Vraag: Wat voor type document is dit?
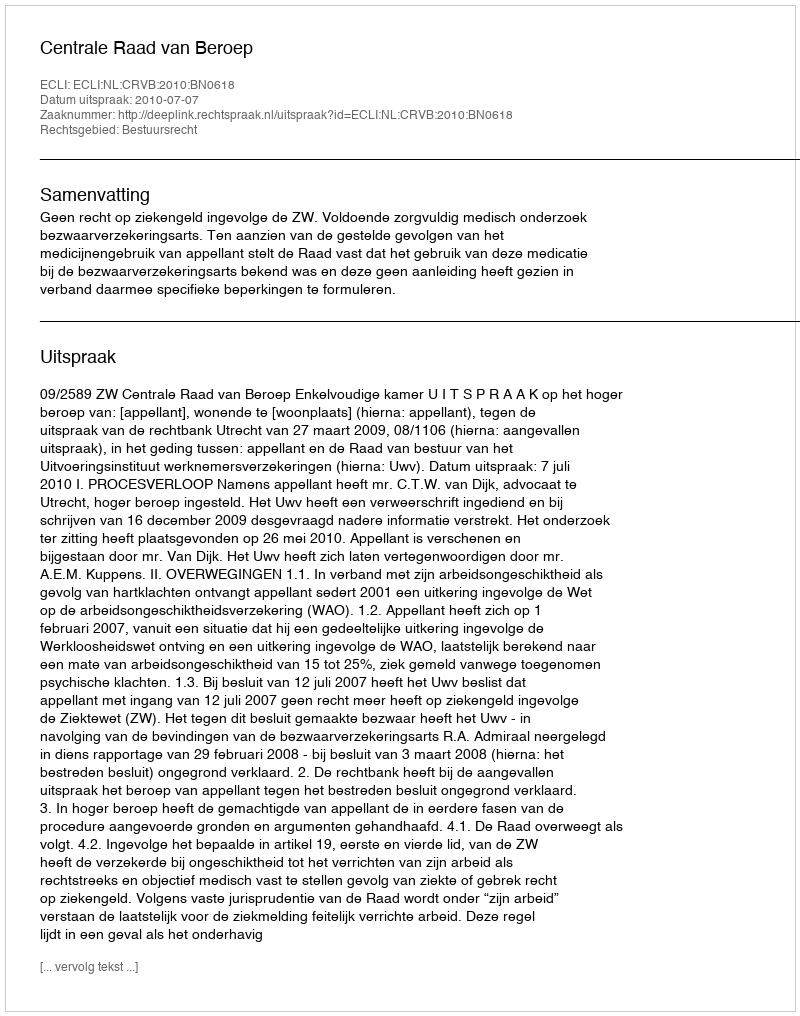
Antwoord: Uitspraak